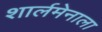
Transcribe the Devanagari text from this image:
शार्लमेनाला